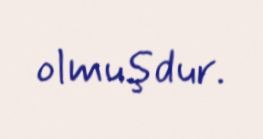
olmuşdur.